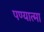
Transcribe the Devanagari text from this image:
पण्यात्मा